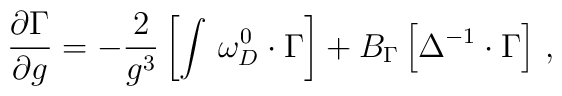
\frac{\partial \Gamma }{\partial g}=-\frac 2{g^3}\left[ \int \,\omega_D^0\cdot \Gamma \right] +B_\Gamma \left[ \Delta ^{-1}\cdot \Gamma \right]\,,